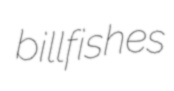
billfishes